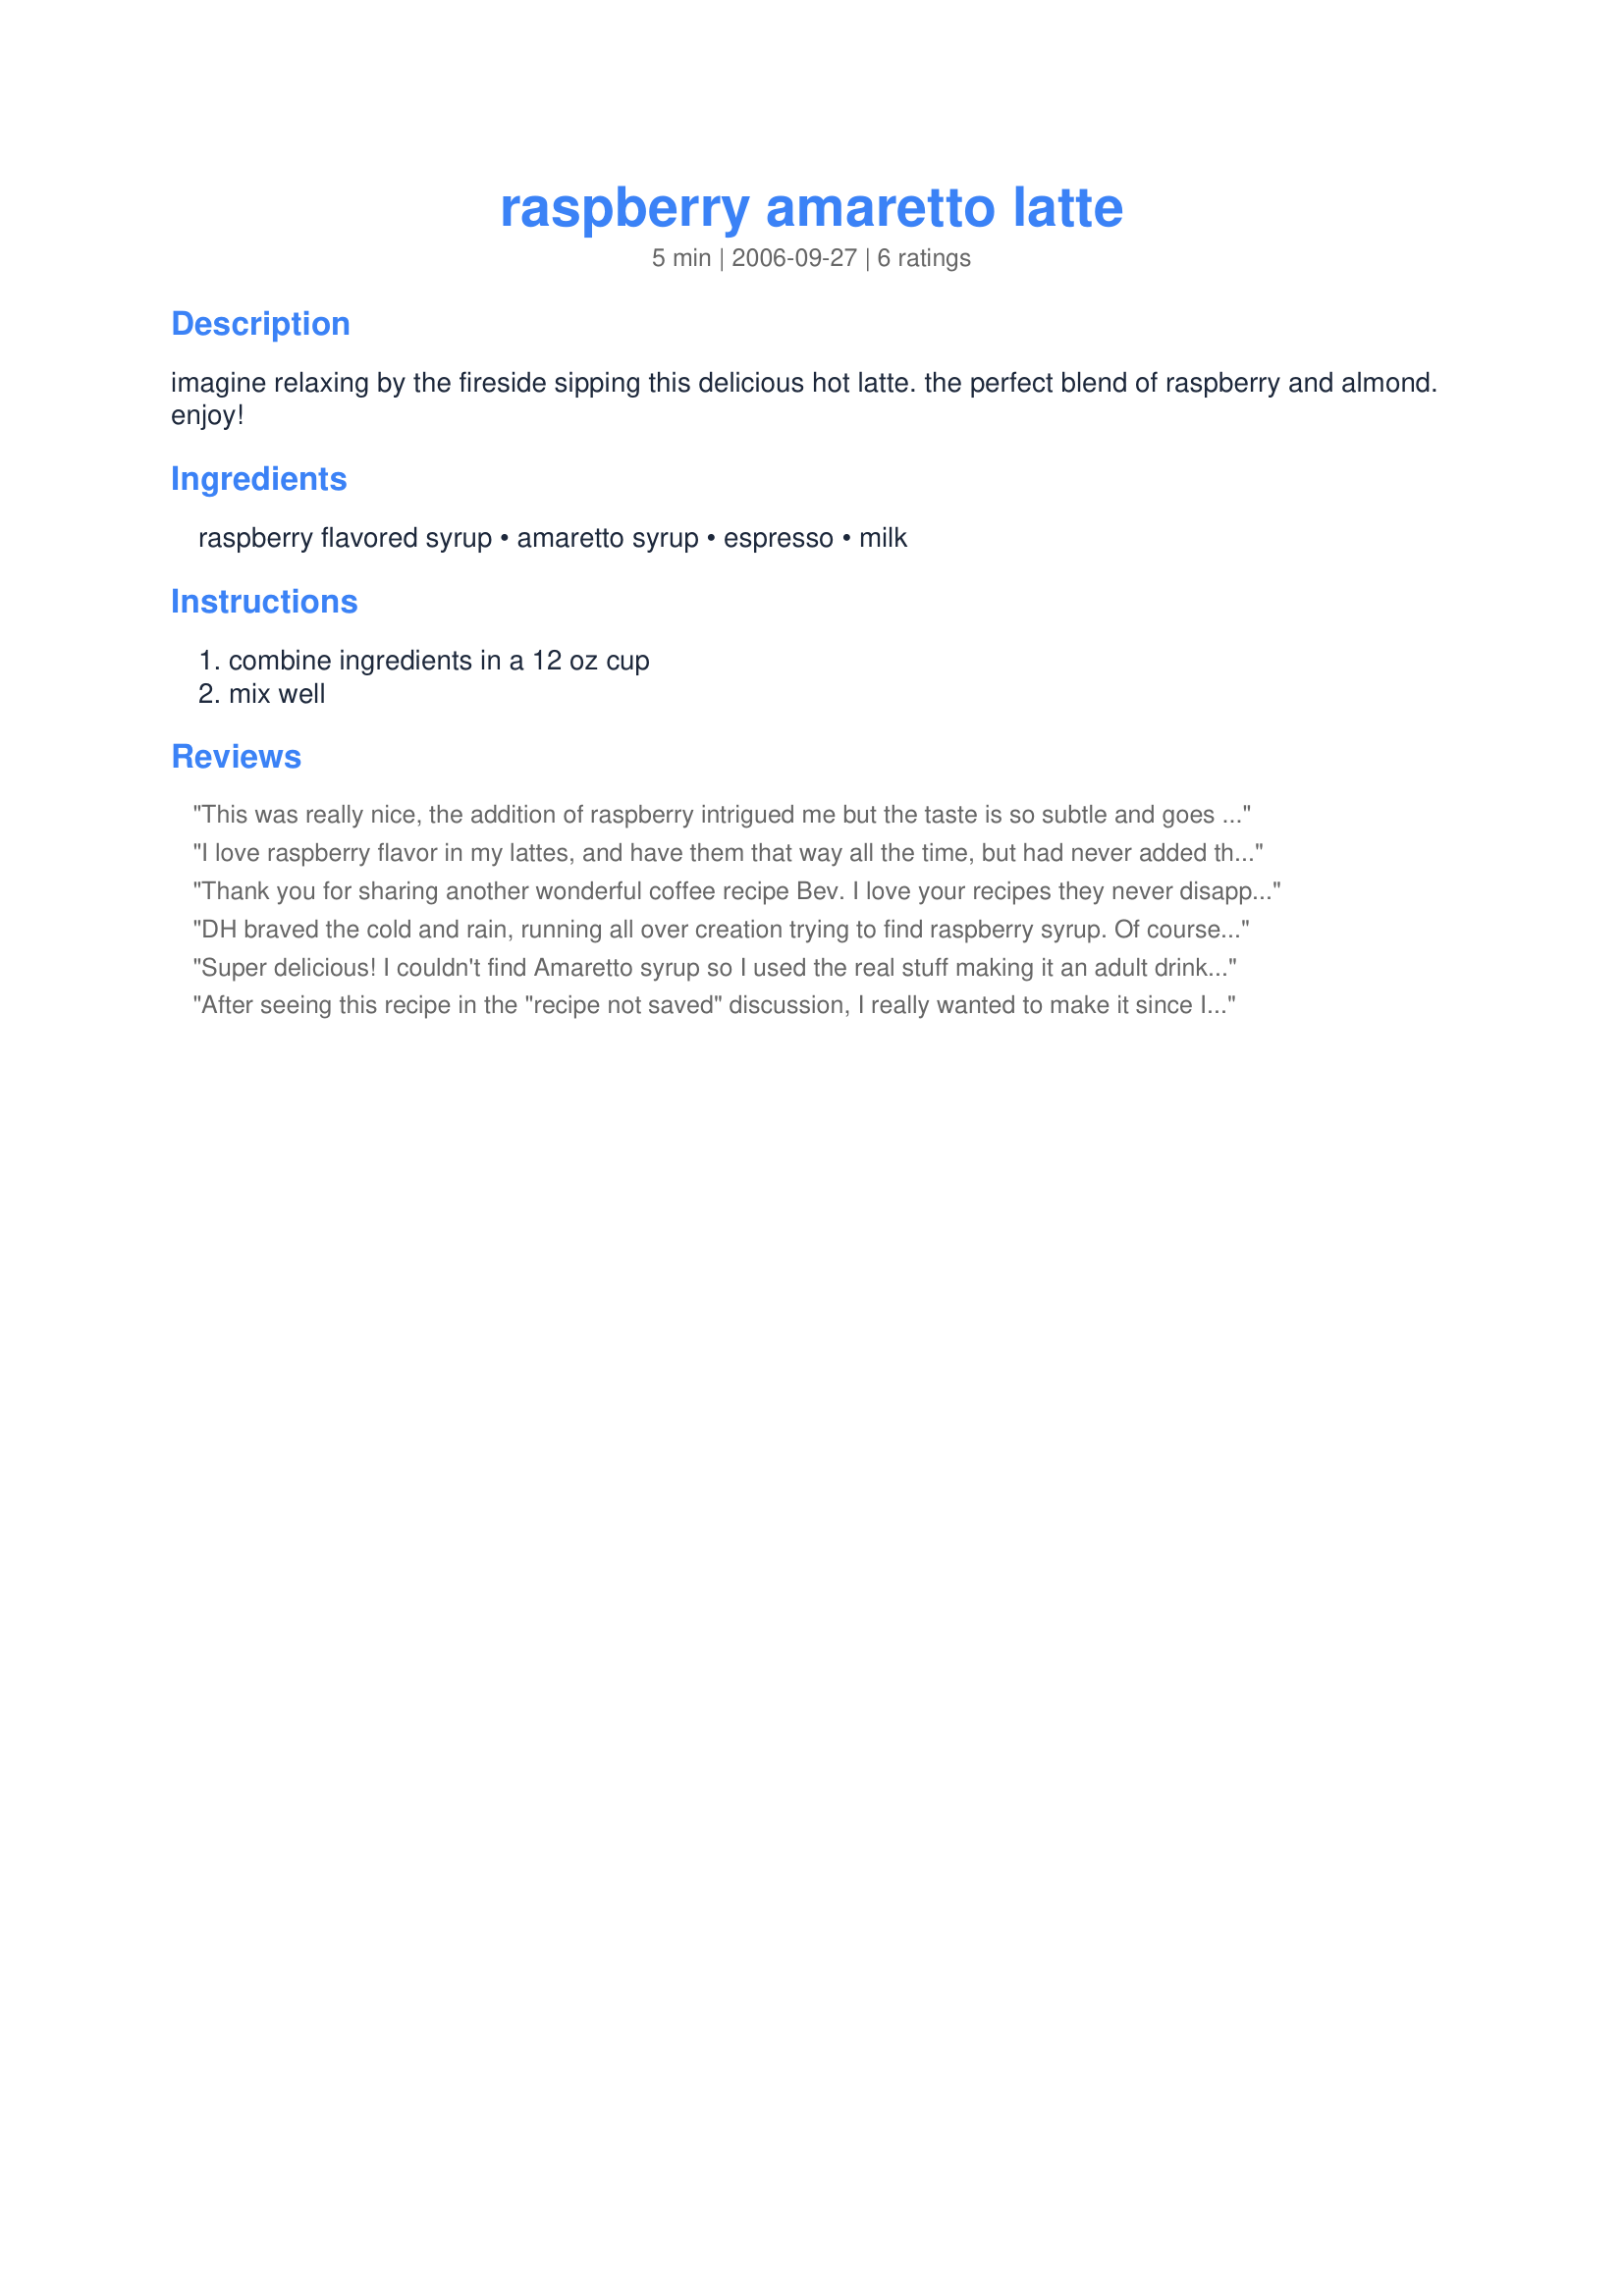
raspberry amaretto latte
Preparation time: 5 minutes

imagine relaxing by the fireside sipping this delicious hot latte. the perfect blend of raspberry and almond. enjoy!

Ingredients:
raspberry flavored syrup, amaretto syrup, espresso, milk

Steps:
combine ingredients in a 12 oz cup, mix well

Reviews:
This was really nice, the addition of raspberry intrigued me but the taste is so subtle and goes lovely with the almond syrup. mmmm good!
I love raspberry flavor in my lattes, and have them that way all the time, but had never added the amaretto flavor. ( I actually found some at the local supermarket-usually I can only find plain almond. There is a slight difference in flavor) Thanks for a great treat! Delicious!!!
Thank you for sharing another wonderful coffee recipe Bev. I love your recipes they never disappoint. This latte was no exception, quick and easy to make, tastes great. Love the addition of the almond syrup, it blends beautifully with the raspberries. Made for Think Pink 2015.
DH braved the cold and rain, running all over creation trying to find raspberry syrup. Of course, he had his orders NOT to come home without it. lol Even he exclaimed it was well worth his plight!
Super delicious! I couldn't find Amaretto syrup so I used the real stuff making it an adult drink only. I saw online where I could order a "giant" bottle of it, but I opted not to as so I just used some almond syrup that I had ordered before for another recipe.
Made for the Winter 2010 Comfort Cafe.
After seeing this recipe in the "recipe not saved" discussion, I really wanted to make it since I love all the ingredients. I rushed to my kitchen to start the decaf brewing (it's 8 pm), then realized I didn't have raspberry syrup. I did find however a few raspberry and dark chocolate chips, so I melted those, added the almond syrup, coffee and steamed milk. What a great taste sensation-however the dark chocolate overpowered the raspberry. I will have to find some syrup and try it as posted. Loved the idea and flavor combo! Thanks for posting.
